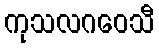
ကုသလဂဝေသီ